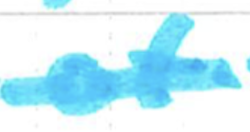
Text: of
Cross-out: single-line
Writing tool: marker